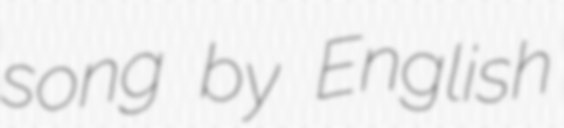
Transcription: song by English